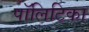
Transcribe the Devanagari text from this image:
पॉलिटिका